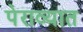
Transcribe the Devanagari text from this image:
पेराव्यात